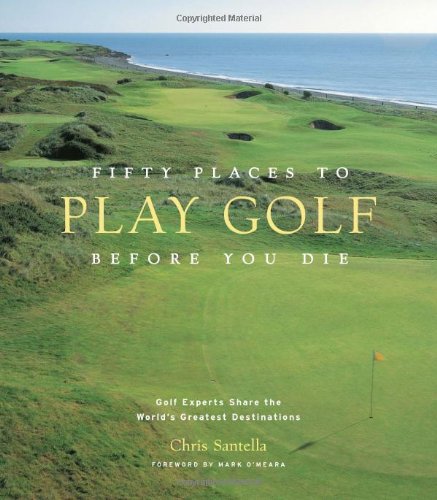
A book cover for Fifty Places to Play Golf Before You Die: Golf Experts Share the World's Greatest Destinations; Chris Santella; Sports & Outdoors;